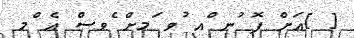
[ ]އަށް ފޮ ުނ ްއ ުވ ަމށް ެވސް އެ ްމ